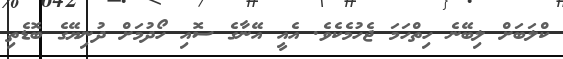
ކްލަބަށް ލިބޭނެ ހިތްހަމަ ޖެހުމެކެވެ. އެއީ އޭނާގެ ސޮއި ހޯދުމަށް ދުނިޔޭގެ ބޮޑެތި